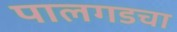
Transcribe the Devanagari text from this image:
पालगडचा